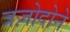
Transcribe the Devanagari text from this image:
त्रज़ोदोने